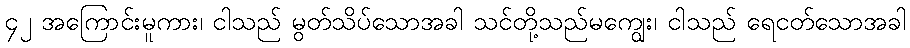
၄၂ အကြောင်းမူကား၊ ငါသည် မွတ်သိပ်သောအခါ သင်တို့သည်မကျွေး၊ ငါသည် ရေငတ်သောအခါ